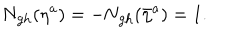
LaTeX: \mathrm { N _ { g h } } ( \eta ^ { a } ) = - \mathrm { \mathrm { N _ { g h } } } ( \bar { \eta } ^ { a } ) = 1 .